Report on malaria in the Punjab during the year ...  together with an account of the work of the Punjab Malaria Bureau - Volume 4
Disease focus: Malaria
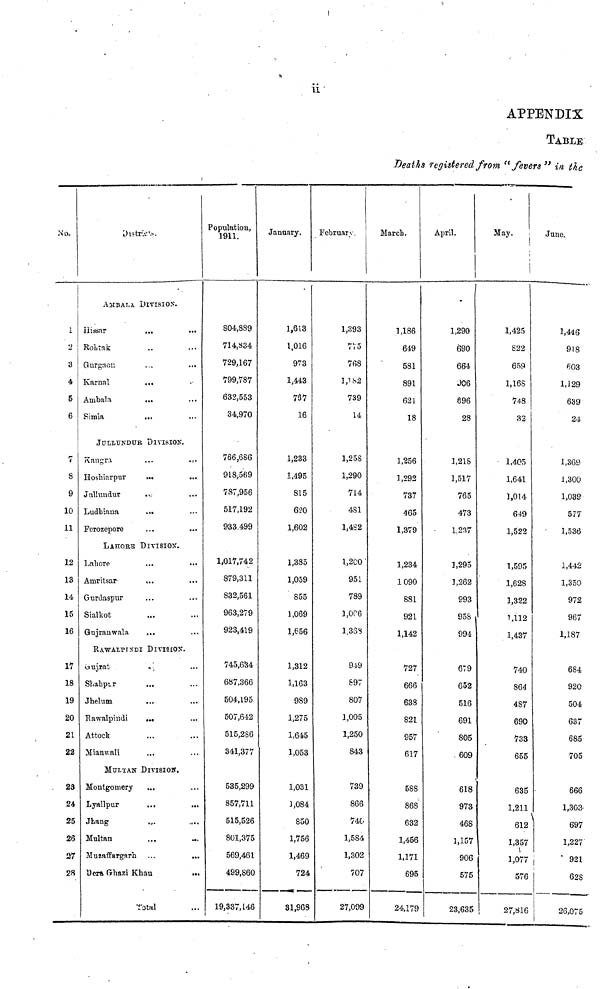
ii
APPENDIX
TABLE
Deaths registered from "fevers" in the
No.
1
2
3
4
5
6
7
8
9
10
11
12
13
14
15
16
17
18
19
20
21
22
23
24
25
26
27
28
District.
ASIBALA DIVISION.
Hissar
...
...
Rohtak
Gurgaon
Karnal
...
Ambala
...
Simla
...
JULLUNDUR DIVISION.
Kangra
...
...
Hoshiarpur
...
Jullundur
Ludhiana
...
Fcrozepore
LAHORE DIVISION.
Lahore
Amritsar
Gurdaspur
Sialkot
Gujranwala
RAWALPINDI DIVISION.
Gujrat
Shahpur
...
Jhelum
...
Rawalpindi
...
Attock
Mianwali
MULTAN DIVISION.
( Montgomery
Lyallpur
...
25 Jhaug
5 Multan
7 Muzaffargara
...
...
28 Dera Ghazi Khau
...
Total
Population,
1911.
804,889
714,834
729,167
799,787
632,553
34,970
766,686
918,569
787,956
517,192
933.499
1,017,742
879,311
832,561
963,279
923,419
745,634
687,366
504,195
507,642
515,286
341,377
535,299
857,711
515,526
801,375
569,461
499,860
19,337,146
January.
1,613
1,016
973
1,443
737
16
1,233
1,495
815
620
1,602
1,385
1,059
855
1,069
1,656
1,312
1,163
989
1,275
1,645
1,053
1,031
1,084
850
1,756
1,469
724
31,968
February
1,393
775
768
1,182
739
14
1,258
1,290
714
481
1,482
1,2CO
951
789
1,006
1.36S
949
897
807
1,005
1,250
843
739
866
740
1,584
1,302
707
27,099
March.
1,186
649
581
891
621
18
1,256
1,292
737
465
1,379
1,234
1090
881
921
1,142
727
666
638
821
957
617
58S
868
632
1,456
1,171
695
24,179
April.
1,290
690
664
906
896
28
1,218
1,517
765
473
1 237
1,295
1,262
993
958
994
679
652
516
691
805
609
618
973
468
1,157
906
575
23,635
May.
1,425
S22
659
1,168
748
32 A A
1,405
1,641
1,014
649
1,522
1,595
1,628
1,322
1,112
1,437
740
864
487
690
733
655
635
1,211
612
1,357
1,077
576
27,816
June.
1,446
918
603
1,129
639
24
1,369
1,300
1,039
577
1,536
1,442
1,350
972
967
1,187
684
920
504
637
685
705
666
1,303-
697
1,227
921
628
26,075